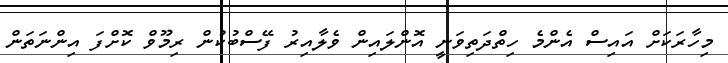
މިހާރަކަށް އައިސް އެންމެ ހިތްދަތިވަނީ އޮންލައިން ވެލާއިރު ފޭސްބުކުން ރިމޫވް ކޮށްފަ އިންނަތަން